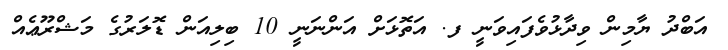
އަބްދު ޔާމިން ވިދާޅުވެފައިވަނީ ފ. އަތޮޅަށް އަންނަނީ 10 ބިލިއަން ޑޮލަރުގެ މަޝްރޫޢެއް